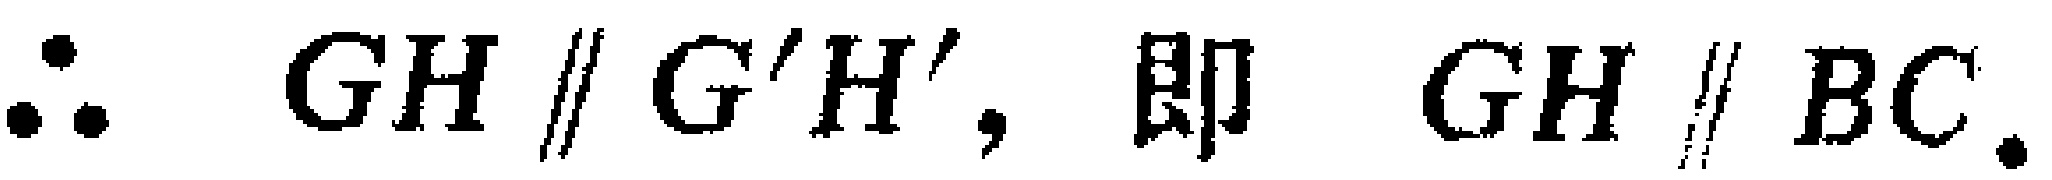
$\therefore \ GH\parallel G'H',\ 即\ \ GH\parallel BC.$